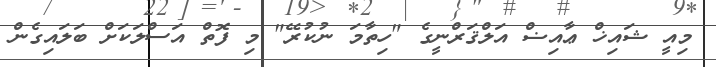
މިއީ ޝައިޚް ޢާއިޟް އަލްޤަރްނީގެ "ހިތާމަ ނުކުރޭ" މި ފޮތް އަސްލަކަށް ބަލައިގެން